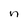
Character: n